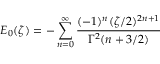
E _ { 0 } ( \zeta ) = - \sum _ { n = 0 } ^ { \infty } \frac { ( - 1 ) ^ { n } ( \zeta / 2 ) ^ { 2 n + 1 } } { \Gamma ^ { 2 } ( n + 3 / 2 ) }